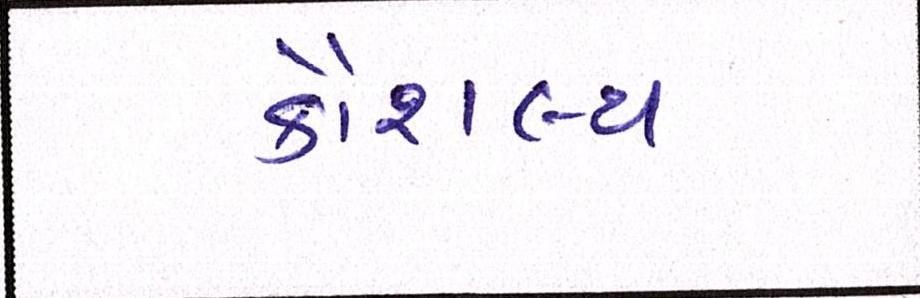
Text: કૌશલ્ય